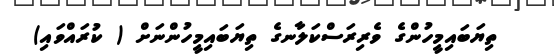
ތިޔަބައިމީހުންގެ ވެރިރަސްކަލާނގެ ތިޔަބައިމީހުންނަށް ( ކުރައްވައި)